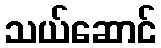
သယ်ဆောင်